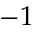
- 1